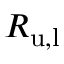
R _ { \mathrm { u , l } }